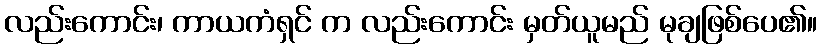
လည်းကောင်း၊ ကာယကံရှင် က လည်းကောင်း မှတ်ယူမည် မုချဖြစ်ပေ၏။